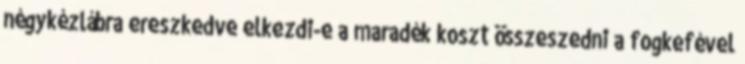
négykézlábra ereszkedve elkezdi-e a maradék koszt összeszedni a fogkefével